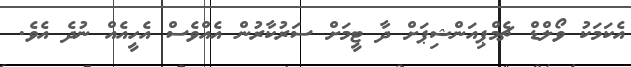
އެކަމަކު ވޯލްޑް ޗެމްޕިއަންޝިޕަށް ދާ ޓީމަށް ސަރުކާރުން އެއްވެސް އެހީއެއް ނުދެ އެވެ.